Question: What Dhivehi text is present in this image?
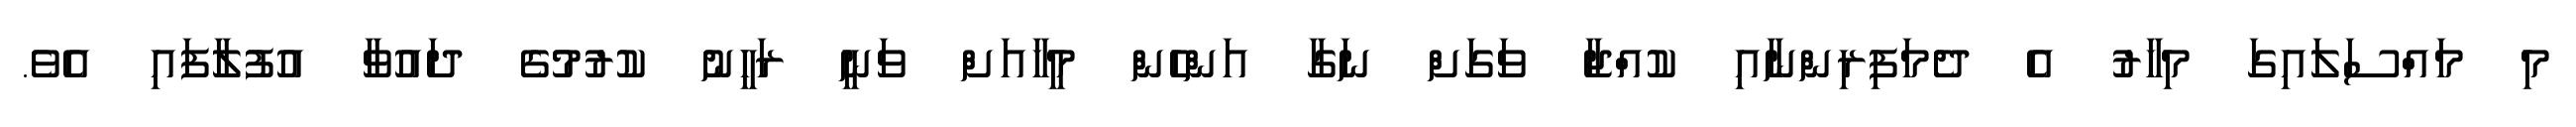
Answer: މި މައްސަލައިގަ މިހާރު އެ ދެމަފިރިންނާއި ކުއްޖާ ވަގަށް ނަގާ އަންހެން މީހާއަށް ވަނީ ރަހީނު ކުރުމުގެ ދައުވާ އުފުލާފައި އެވެ.